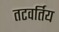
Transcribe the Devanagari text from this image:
तटवर्तिय